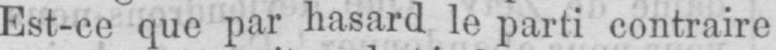
Est-ce que par hasard le parti contraire